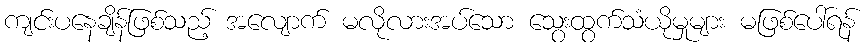
ကျင်းပနေချိန်ဖြစ်သည့် အလျောက် မလိုလားအပ်သော သွေးထွက်သံယိုမှုများ မဖြစ်ပေါ်ရန်